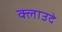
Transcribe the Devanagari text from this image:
क्लाउदे